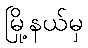
မြို့နယ်မှ